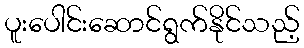
ပူးပေါင်းဆောင်ရွက်နိုင်သည့်